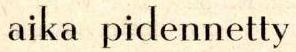
aika pidennetty